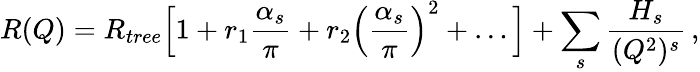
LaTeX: R(Q)=R_{tree}\Big[1+r_{1}\frac{\alpha_{s}}{\pi}+r_{2}\left(\frac{\alpha_{s}}{\pi}\right)^{2}+\ldots\Big]+\sum_{s}\frac{H_{s}}{(Q^{2})^{s}}\, ,